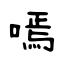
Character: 嘕